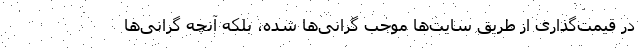
در قیمت‌گذاری از طریق سایت‌ها موجب گرانی‌ها شده، بلکه آنچه گرانی‌ها